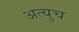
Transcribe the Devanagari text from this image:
अत्युच